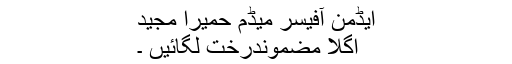
ایڈمن آفیسر میڈم حمیرا مجید
اگلا مضموندرخت لگائیں ۔